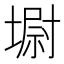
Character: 墛